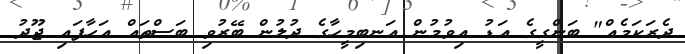
ދެރަކަމެއް" ބަންގީގެ އަޑު އިވުމުން އަނބިމީހާގެ ދުލުން ބޭރުވި ބަސްތައް އަހާފައި ޖޫދު